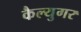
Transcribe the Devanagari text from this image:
कैल्युगर